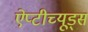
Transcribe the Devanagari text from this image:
ऐप्टीच्यूड्स